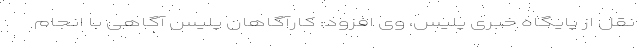
نقل از پایگاه خبری پلیس، وی افزود: کارآگاهان پلیس آگاهی با انجام